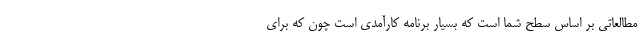
مطالعاتی بر اساس سطح شما است که بسیار برنامه کارآمدی است چون که برای